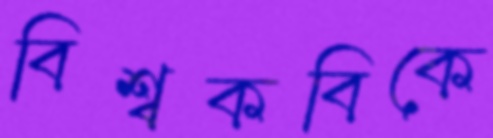
বিশ্বকবিকে